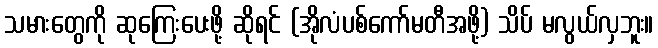
သမားတွေကို ဆုကြေးပေးဖို့ ဆိုရင် (အိုလံပစ်ကော်မတီအဖို့) သိပ် မလွယ်လှဘူး။